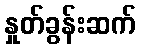
နှုတ်ခွန်းဆက်